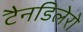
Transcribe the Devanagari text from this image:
टैनडिलेरो